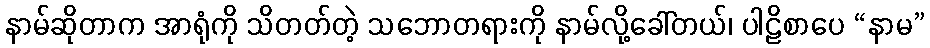
နာမ်ဆိုတာက အာရုံကို သိတတ်တဲ့ သဘောတရားကို နာမ်လို့ခေါ်တယ်၊ ပါဠိစာပေ “နာမ”